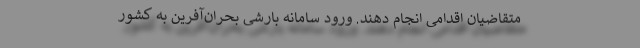
متقاضیان اقدامی انجام دهند. ورود سامانه بارشی بحران‌آفرین به کشور